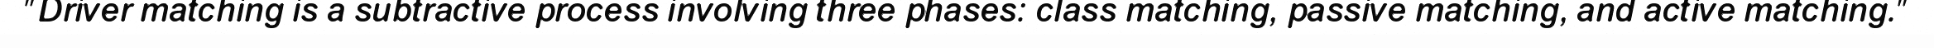
"Driver matching is a subtractive process involving three phases: class matching, passive matching, and active matching."